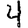
Digit: 4